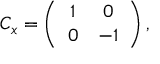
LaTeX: C _ { x } = \left( \begin{array} { c c } { { 1 } } & { { 0 } } \\ { { 0 } } & { { - 1 } } \end{array} \right) ,